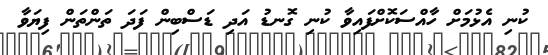
ކުނި އެޅުމަށް ހާއްސަކޮށްފައިވާ ކުނި ގޮނޑު އަދި ޑަސްބިން ފަދަ ތަންތަން ފިޔަވާ